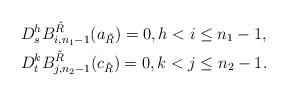
LaTeX: \begin{align*}&D_s^{h}B_{i,n_1-1}^{{\tilde R}}(a_{\tilde R})=0, h< i\le n_1-1,\\&D_t^{k}B_{j,n_2-1}^{{\tilde R}}(c_{\tilde R})=0, k< j\le n_2-1.\end{align*}